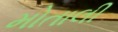
મોતાલી